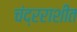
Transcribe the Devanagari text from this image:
चंद्रराशीत